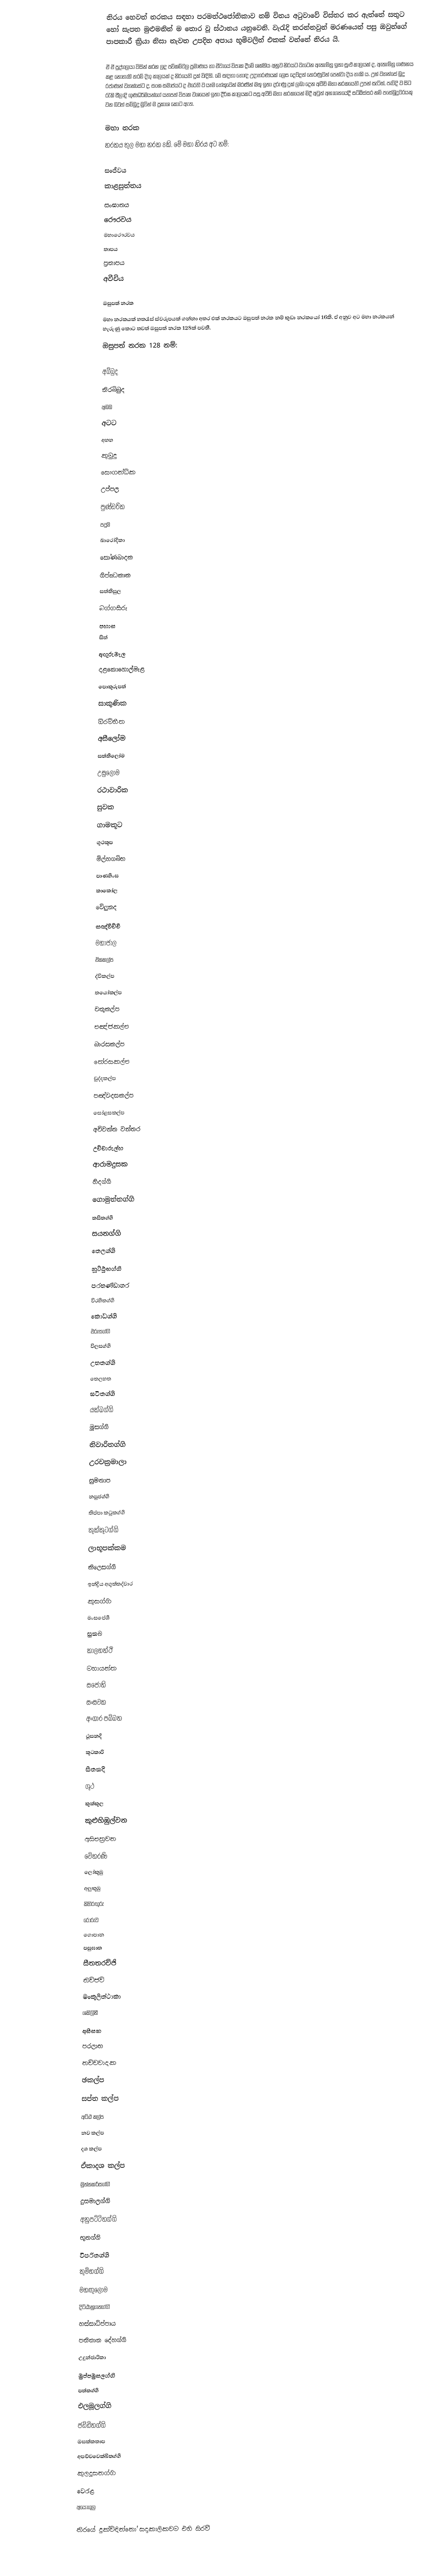
නිරය හෙවත් නරකය සඳහා පරමත්ථජෝතිකාව නම් විනය අටුවාවේ විස්තර කර ඇත්තේ සතුට හෝ සැපත මුළුමනින් ම තොර වූ ස්ථානය යනුවෙනි. වැරැදි කරන්නවුන් මරණයෙන් පසු ඔවුන්ගේ පාපකාරී ක්‍රියා නිසා නැවත උපදින අපාය භූමිවලින් එකක් වන්නේ නිරය යි.

ඒ ඒ පුද්ගලයා විසින් කරන ලද පව්කම්වල ප්‍රමාණය හා ඒවායේ විපාක දීමේ ශක්තිය අනුව නිරයට වැටෙන ඇතැම්හු ඉතා සුළු කාලයක් ද, ඇතැම්හු ගණනය කළ නොහැකි තරම් දිගු කාලයක් ද නිරයෙහි දුක් විඳිති. මේ සඳහා හොඳ උදාහරණයක් ලෙස දෙව්දත් තෙරණුවන් පෙන්වා දිය හැකි ය. උන් වහන්සේ බුදු රජාණන් වහන්සේට ද, සංඝ සමාජයට ද එරෙහි ව යෑම හේතුවෙන් මරණින් මතු ඉතා දරුණු දුක් ලබා දෙන අවීචි මහා නරකයෙහි උපන් සැටිත්, පැවිදි ව සිට රැකි සීලාදි ගුණධර්මයන්ගේ යහපත් විපාක වශයෙන් ඉතා දීර්ඝ කාලයකට පසු අවීචි මහා නරකයෙන් මිදී අවුත් අනාගතයේදී සට්ඨිස්සර නම් පසේබුදුවරයකු වන බවත් සම්බුදු මුවින් ම ප්‍රකාශ කොට ඇත.

මහා නරක
නරකය තුල මහා නරක 8කි. මේ මහා නිරය අට නම්:

 සංජීවය
 කාළසුත්තය
 සංඝාතය
 රෞරවය
 මහාරෞරවය
 තාපය
 ප්‍රතාපය
 අවීචිය

ඔසුපත් නරක
මහා නරකයක් හතරෑස් ස්වරුපයක් ගන්නා අතර එක් නරකයට ඔසුපත් නරක නම් කුඩා නරකයෝ 16කි. ඒ අනුව අට මහා නරකයන් හැරුණු කොට තවත් ඔසුපත් නරක 128ක් පවතී.
ඔසුපත් නරක 128 නම්:

 අබ්බුද
 නිරබ්බුද
 අබබ
 අටට
 අහහ
 කුමුදු
 සෞගන්ධික
 උප්පල
 පුණ්ඩරික
 පදුම
 ඛාරෝදිකා
 සෝණඛාදක
 ගිප්ඣකාක
 සත්තිසුල
 බග්ගසීරු
 පහාස
 සිත්
 අඟුරුමැල
 දළකොහොල්මැළ
 පොකුරුපත්
 සාකුණික
 ඕරම්භීත
 අසීලෝම
 සත්තිලෝම
 උසුලෝම
 රථාවාරික
 සුවක
 ගාමකූට
 ගූථකූප
 මිල්හගබ්භ
 පාණහිංස
 කාකෝල
 වේලුනද
 සඤ්විච්චි
 මහාජාල
 ඒකකල්ප
 ද්විකල්ප
 තයෝකල්ප
 චතුකල්ප
 පඤ්ජකල්ප
 බාරසකල්ප
 තේරසකල්ප
 චුද්දකල්ප
 පඤ්වදසකල්ප
 සෝළසකල්ප
 අචිවන්ත වන්තර
 උච්චාරුල්හ
 ආරාමදුසක
 හිදග්ගි
 ගොමුත්තග්ගි
 තසිතග්ගි
 සයනග්ගි
 තෙලග්ගි
 නූට්ඨූභග්ගි
 පරභණ්ඩාහර
 විරහිතග්ගි
 කෝධග්ගි
 එරුසග්ගි
 විලසග්ගි
 උභතග්ගි
 තෙලහත
 ඝටිතග්ගි
 යක්ඛග්ගි
 මූසග්ගි
 නිවාරිතග්ගි
 උරචක්‍රමාලා
 සුමතාප
 නපුජග්ගි
 තිප්පා කටුකග්ගි
 කූක්කූටග්ගි
 ලාභූපක්කම
 කිලෙසග්ගි
 ඉන්ද්‍රිය අගුත්තද්වාර
 කුසග්ගි
 මංසපේශී
 සුනඛ
 කාලහත්ථි
 මහායන්ත
 සජෝති
 සංසවක
 අංගාර පබ්බත
 ථූසනදි
 කූටකාරි
 සීතනදි
 ගූථ
 කුක්කුල
 කුළුහිඹුල්වන
 අසිපත්‍රවන
 වේතරණි
 ලෝකුඹු
 අලුකුඹු
 කිහිරඟුරු
 රෝරුව
 ගොපාන
 පසුඝාත
 සීතතරච්ජි
 නිච්ජවි
 මංකුලිත්ථාකා
 ශකිලිනී
 අසීසක
 පරලාභ
 නච්චවාදක
 ඡකල්ප
 සප්ත කල්ප
 අට්ඨ කල්ප
 නව කල්ප
 දශ කල්ප
 ඒකාදශ කල්ප
 මුත්තකරිසග්ගි
 දුසමාලග්ගි
 අනුපට්ටිතග්ගි
 භූතග්ගි
 විපරිතග්ගි
 කුම්භග්ගි
 මහඟුලෝම
 දිට්ඨානුගතග්ගි
 හස්සාධිප්පාය
 පතිතාන දේහග්ගි
 උදුන්ජාරිකා
 මුප්පමුසලග්ගි
 පත්තග්ගි
 එලමූලග්ගි
 ජඩ්ඩිතග්ගි
 ඔසක්කතාප
 අපච්චවෙක්ඛිතග්ගි
 කුලදූසනග්ගි
 වෙරළ
 අයෝගුල

නිරයේ දුක්විඳින්නෝ සදාකාලිකවම එහි සිරවී